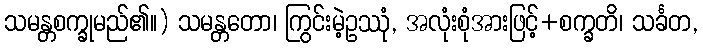
သမန္တစက္ခုမည်၏။) သမန္တတော၊ ကြွင်းမဲ့ဥဿုံ, အလုံးစုံအားဖြင့်+စက္ခတိ၊ သင်္ခတ,